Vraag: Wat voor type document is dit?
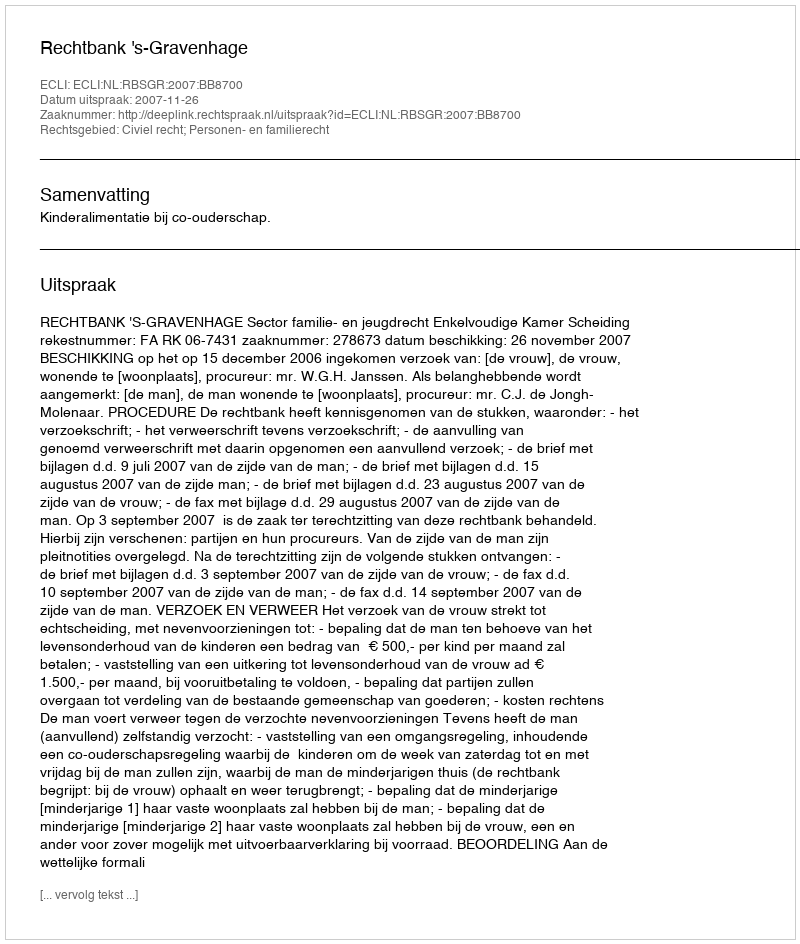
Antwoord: Uitspraak